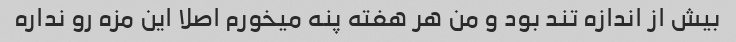
بیش از اندازه تند بود و من هر هفته پنه میخورم اصلا این مزه رو نداره